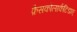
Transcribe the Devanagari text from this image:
फ़ैसकोलार्कटिडाए